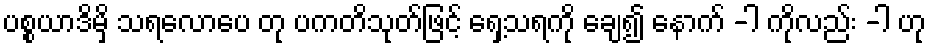
ပစ္စယာဒိမှိ သရလောပေ တု ပကတိသုတ်ဖြင့် ရှေ့သရကို ချေ၍ နောက် -ါ ကိုလည်း -ါ ဟု